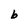
Character: b